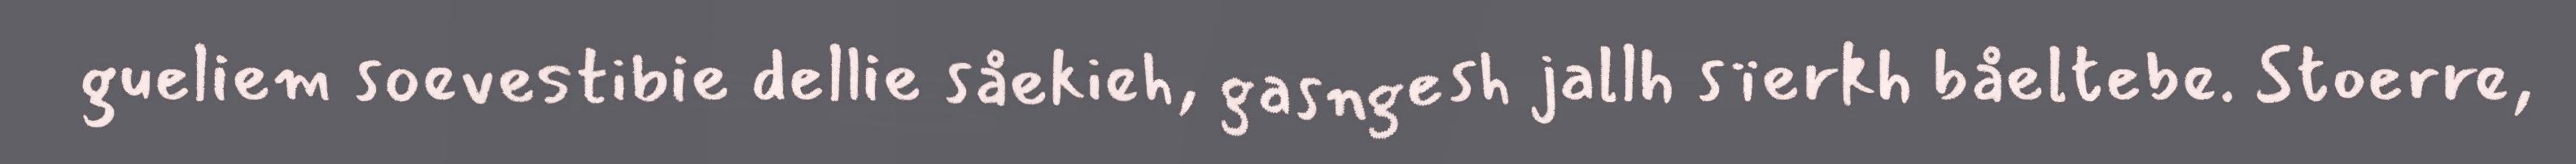
gueliem soevestibie dellie såekieh, gasngesh jallh sïerkh båeltebe. Stoerre,